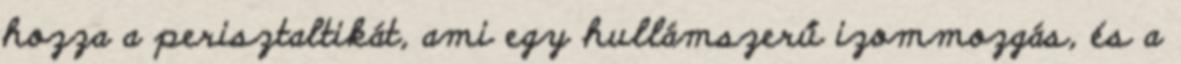
hozza a perisztaltikát, ami egy hullámszerű izommozgás, és a